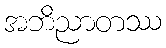
အဘိညာတဿ